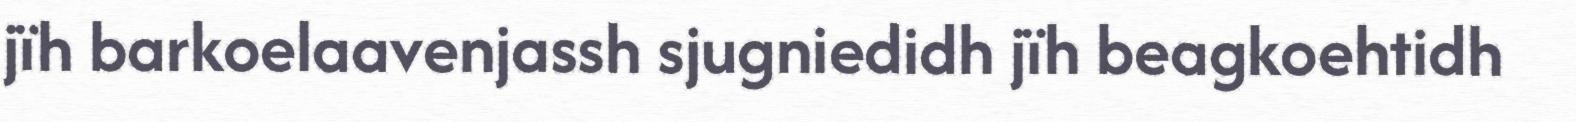
jïh barkoelaavenjassh sjugniedidh jïh beagkoehtidh